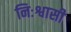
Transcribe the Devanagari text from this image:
निःश्वासी